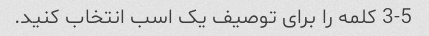
3-5 کلمه را برای توصیف یک اسب انتخاب کنید.